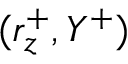
( r _ { z } ^ { + } , Y ^ { + } )